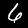
Label: 6